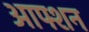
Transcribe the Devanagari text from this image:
आफ्शन